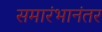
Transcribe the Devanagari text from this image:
समारंभानंतर